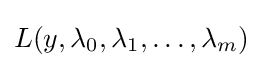
L(y,\lambda _{0},\lambda _{1},\ldots ,\lambda _{m})